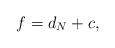
LaTeX: \begin{align*}f=d_N+c,\end{align*}